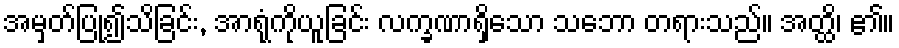
အမှတ်ပြု၍သိခြင်း, အာရုံကိုယူခြင်း လက္ခဏာရှိသော သဘော တရားသည်။ အတ္ထိ၊ ၏။